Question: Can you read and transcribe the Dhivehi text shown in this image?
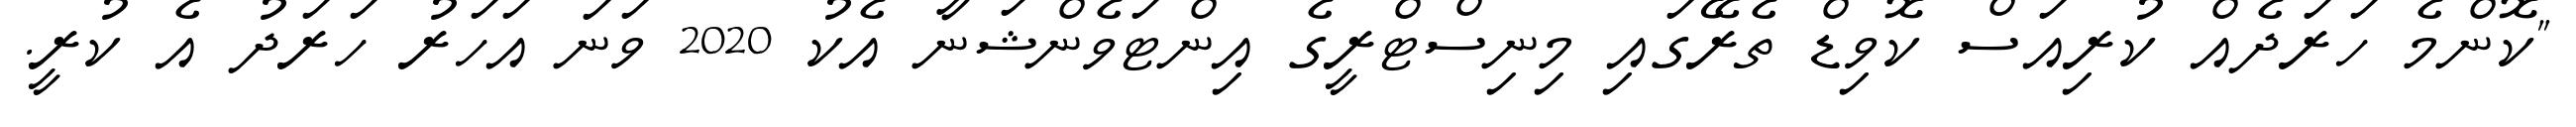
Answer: "ކޮންމެ ހަރަދެއް ކުރިއަސް ކޮވިޑް ތެރޭގައި މިނިސްޓްރީގެ އިންޓަވެންޝަނާ އެކު 2020 ވަނަ އަހަރު ހަރަދު އެ ކުރީ.